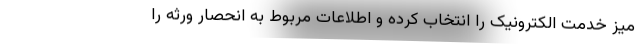
میز خدمت الکترونیک را انتخاب کرده و اطلاعات مربوط به انحصار ورثه را